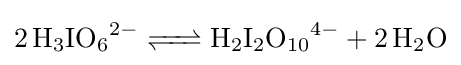
{\ce {2H3IO6^2- <=> H2I2O10^4- + 2 H2O}}